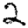
Digit: 2